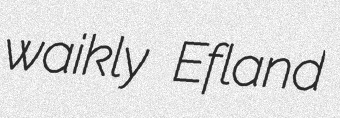
waikly Efland